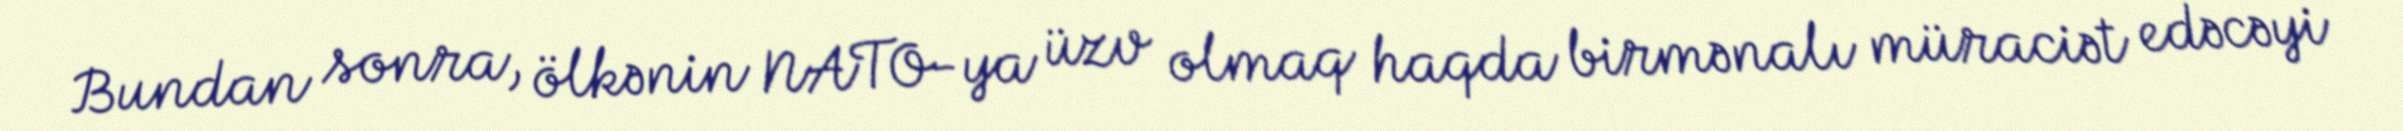
Bundan sonra, ölkənin NATO-ya üzv olmaq haqda birmənalı müraciət edəcəyi